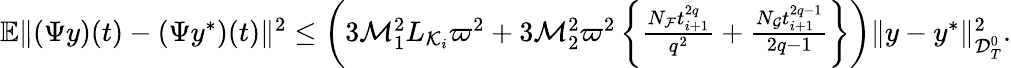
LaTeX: \begin{array}{r}{\mathbb{E}\| ({\Psi}y)(t)-(\Psi y^{*})(t)\| ^{2}\leq\left(3{\cal M}_{1}^{2}L_{{\cal K}_{i}}\varpi^{2}+3{\cal M}_{2}^{2}\varpi^{2}\left\{ \frac{N_{\cal F}t_{i+1}^{2q}}{q^{2}}+\frac{N_{\cal G}t_{i+1}^{2q-1}}{2q-1}\right\} \right)\| y-y^{*}\| _{{\cal D}_{T}^{0}}^{2}.}\end{array}